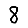
Digit: 8